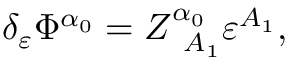
\delta _ { \varepsilon } \Phi ^ { \alpha _ { 0 } } = Z _ { \; \; A _ { 1 } } ^ { \alpha _ { 0 } } \varepsilon ^ { A _ { 1 } } ,